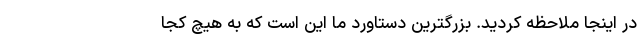
در اینجا ملاحظه کردید. بزرگترین دستاورد ما این است که به هیچ کجا